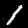
Digit: 1